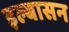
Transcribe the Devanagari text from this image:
इल्बासन